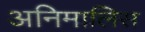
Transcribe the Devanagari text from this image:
अनिमालिस